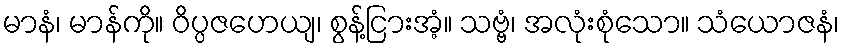
မာနံ၊ မာန်ကို။ ဝိပ္ပဇဟေယျ၊ စွန့်ငြားအံ့။ သဗ္ဗံ၊ အလုံးစုံသော။ သံယောဇနံ၊